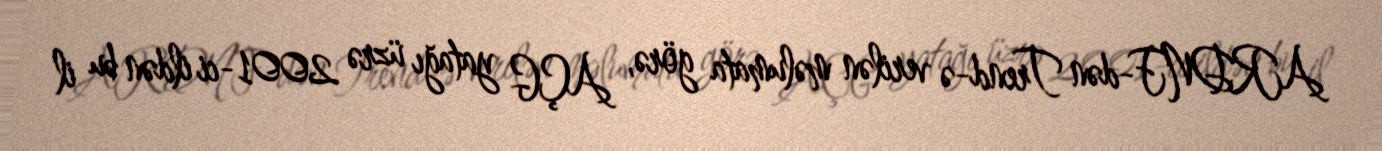
ARDNF-dən Trend-ə verilən məlumata görə, AÇG yatağı üzrə 2001-ci ildən bu il